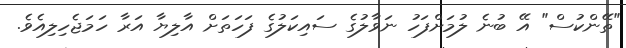
"ތޭންކުސް" އޭ ބުނެ ލުމަށްފަހު ނަވާލުގެ ސައިކަލުގެ ފަހަތަށް އާލިޔާ އަރާ ހަމަޖެހިލިއެވެ.